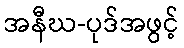
အနီဃ-ပုဒ်အဖွင့်